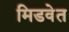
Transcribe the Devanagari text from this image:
मिडवेत